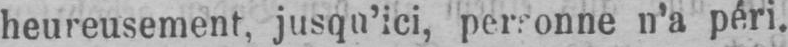
n’a péri.